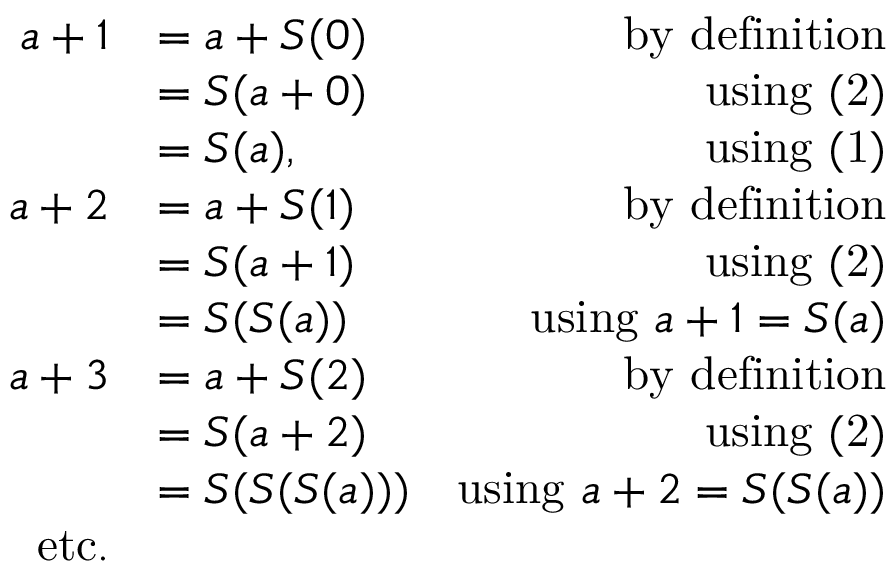
{ \begin{array} { r l r } { a + 1 } & { = a + S ( 0 ) } & { { \mathrm { b y ~ d e f i n i t i o n } } } \\ & { = S ( a + 0 ) } & { { \mathrm { u s i n g ~ ( 2 ) } } } \\ & { = S ( a ) , } & { { \mathrm { u s i n g ~ ( 1 ) } } } \\ { a + 2 } & { = a + S ( 1 ) } & { { \mathrm { b y ~ d e f i n i t i o n } } } \\ & { = S ( a + 1 ) } & { { \mathrm { u s i n g ~ ( 2 ) } } } \\ & { = S ( S ( a ) ) } & { { \mathrm { u s i n g ~ } } a + 1 = S ( a ) } \\ { a + 3 } & { = a + S ( 2 ) } & { { \mathrm { b y ~ d e f i n i t i o n } } } \\ & { = S ( a + 2 ) } & { { \mathrm { u s i n g ~ ( 2 ) } } } \\ & { = S ( S ( S ( a ) ) ) } & { { \mathrm { u s i n g ~ } } a + 2 = S ( S ( a ) ) } \\ { { \mathrm { e t c . } } } & { } \end{array} }